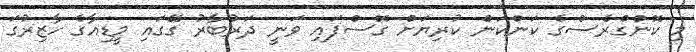
މި ކޮންގްރެސްގެ ކަންކަން ކުރިޔަށް ގޮސްފައި ވަނީ ދަރުބާރު ގޭގައި މީޑިއާގެ ހާޒިރުގަ